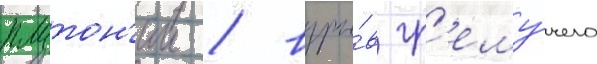
плутон'ии / взры́в гр'ему́чего